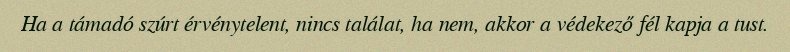
Ha a támadó szúrt érvénytelent, nincs találat, ha nem, akkor a védekező fél kapja a tust.